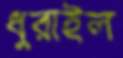
ধুরাইল